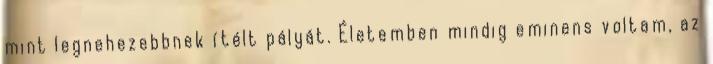
mint legnehezebbnek ítélt pályát. Életemben mindig eminens voltam, az